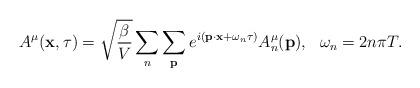
LaTeX: \begin{align*}A^{\mu}({\bf x}, \tau) = \sqrt{\frac{\beta}{V}} \sum_n \sum_{{\bf p}} e^{ i({\bf p}\cdot {\bf x} +\omega_n\tau) } A_n^{\mu}({\bf p}), \ \ \omega_n = 2n\pi T.\end{align*}